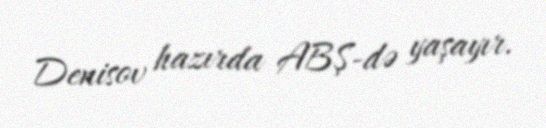
Denisov hazırda ABŞ-də yaşayır.